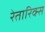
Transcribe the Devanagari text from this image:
रेतारिक्स